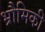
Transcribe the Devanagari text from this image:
भ्रौमिकी